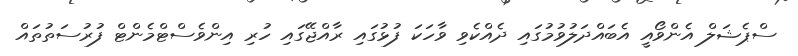
ސްޕެޝަލް އެންވޯއީ އެބައްދަލުވުމުގައި ދެއްކެވި ވާހަކަ ފުޅުގައި ރާއްޖޭގައި ހުރި އިންވެސްޓްމެންޓް ފުރުސަތުތައް